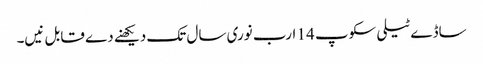
ساڈے ٹیلی سکوپ 14 ارب نوری سال تک دیکھنے دے قابل نیں۔